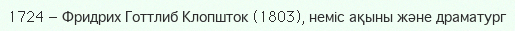
1724 — Фридрих Готтлиб Клопшток (1803), неміс ақыны және драматург